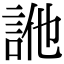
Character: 𧦭